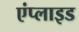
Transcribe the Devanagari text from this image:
एंप्‍लाइड